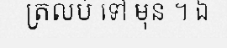
ត្រលប់ ទៅ មុន ។ ឯ